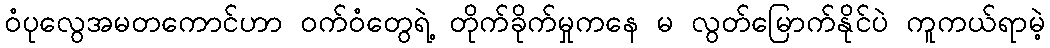
ဝံပုလွေအမတကောင်ဟာ ဝက်ဝံတွေရဲ့ တိုက်ခိုက်မှုကနေ မ လွတ်မြောက်နိုင်ပဲ ကူကယ်ရာမဲ့